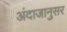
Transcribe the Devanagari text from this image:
अंदाजानुसर